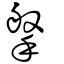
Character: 搫